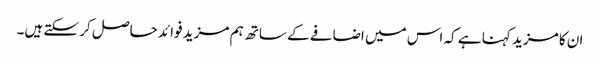
ان کا مزید کہنا ہے کہ اس میں اضافے کے ساتھ ہم مزید فوائد حاصل کر سکتے ہیں۔